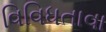
વિવિધતાવા